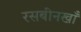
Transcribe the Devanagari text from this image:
रसबीनखाँ